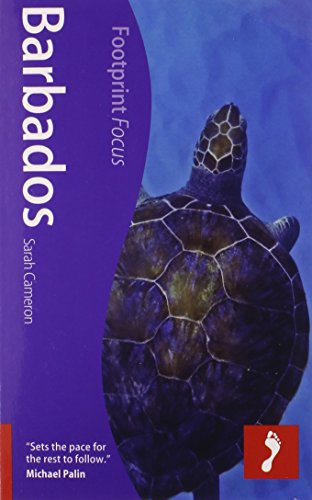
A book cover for Barbados: Footprint Focus Guide; Sarah Cameron; Travel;